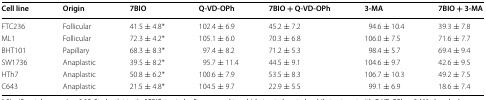
<table><thead><tr><td><b>Cell line</b></td><td><b>Origin</b></td><td><b>7BIO</b></td><td><b>Q-VD-OPh</b></td><td><b>7BIO + Q-VD-OPh</b></td><td><b>3-MA</b></td><td><b>7BIO + 3-MA</b></td></tr></thead><tbody><tr><td>FTC236</td><td>Follicular</td><td>41.5 ± 4.8*</td><td>102.4 ± 6.9</td><td>45.2 ± 7.2</td><td>94.6 ± 10.4</td><td>39.3 ± 7.8</td></tr><tr><td>ML1</td><td>Follicular</td><td>72.3 ± 4.2*</td><td>105.1 ± 6.0</td><td>70.3 ± 6.8</td><td>106.0 ± 7.5</td><td>71.6 ± 7.7</td></tr><tr><td>BHT101</td><td>Papillary</td><td>68.3 ± 8.3*</td><td>97.4 ± 8.2</td><td>71.2 ± 5.3</td><td>98.4 ± 5.7</td><td>69.4 ± 9.4</td></tr><tr><td>SW1736</td><td>Anaplastic</td><td>39.5 ± 8.2*</td><td>95.7 ± 11.4</td><td>44.5 ± 9.1</td><td>104.6 ± 9.7</td><td>42.6 ± 9.5</td></tr><tr><td>HTh7</td><td>Anaplastic</td><td>50.8 ± 6.2*</td><td>100.6 ± 7.9</td><td>53.5 ± 8.3</td><td>106.7 ± 10.3</td><td>49.2 ± 7.5</td></tr><tr><td>C643</td><td>Anaplastic</td><td>21.5 ± 4.8*</td><td>104.5 ± 9.7</td><td>22.9 ± 5.5</td><td>99.1 ± 6.9</td><td>18.6 ± 7.4</td></tr></tbody></table>